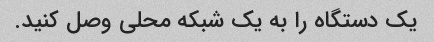
یک دستگاه را به یک شبکه محلی وصل کنید.